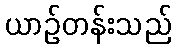
ယာဉ်တန်းသည်